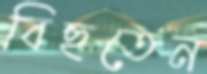
বিছতেন